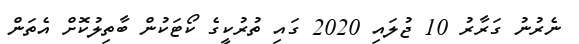
ނެރުނު ގަރާރު 10 ޖުލައި 2020 ގައި ތުރުކީގެ ކޯޓަކުން ބާތިލުކޮށް އެތަން